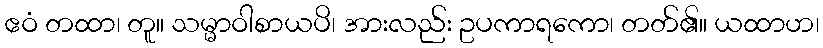
ဧဝံ တထာ၊ တူ။ သမ္မာဝါစာယပိ၊ အားလည်း ဥပကာရကော၊ တတ်၏။ ယထာဟ၊